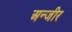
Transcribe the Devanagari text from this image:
अन्जीर